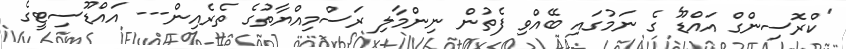
'ކްރޮސިންގް އައްޑޫ' ގެ ނަމުގައި ބޭއްވި ފެތުން ނިންމާލި ރަސްމިއްޔާތުގެ ތެރެއިން--- އައްޑޫސިޓީގެ